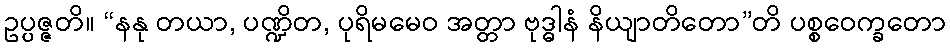
ဥပ္ပဇ္ဇတိ။ “နနု တယာ, ပဏ္ဍိတ, ပုရိမမေဝ အတ္တာ ဗုဒ္ဓါနံ နိယျာတိတော”တိ ပစ္စဝေက္ခတော